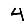
Digit: 4